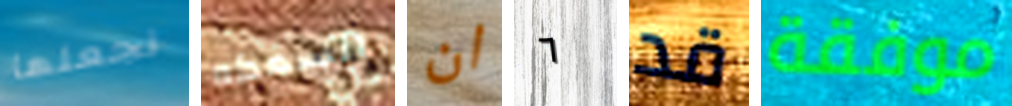
نجعلها السمكه ان ٦ قد موفقة